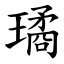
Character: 璚